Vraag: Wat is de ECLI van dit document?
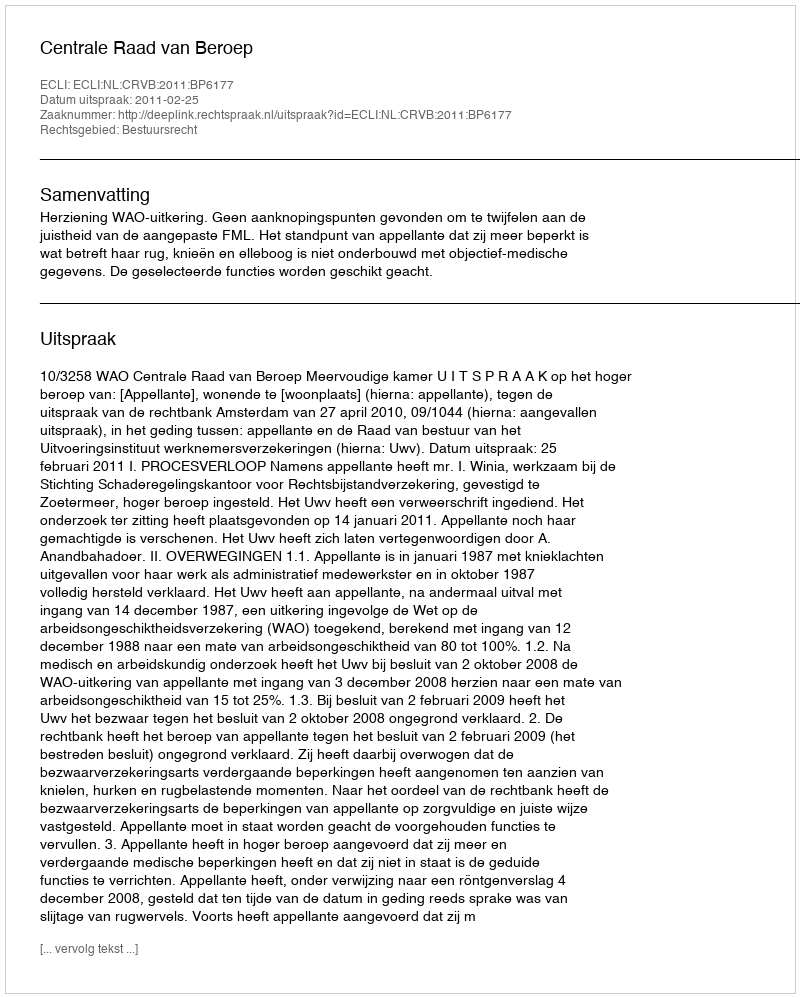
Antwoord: ECLI:NL:CRVB:2011:BP6177